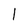
Character: 1